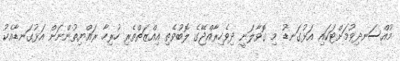
މުއްސަނދިވުމަށްޓަކައި އަޅުގަނޑު މި ގޮވާލަނީ ދިވެހިރާއްޖޭގެ ލޮބުވެތި އިއްޒަތްތެރި ހުރިހާ ރައްޔިތުންނަށް އަޅުގަނޑާއެކު